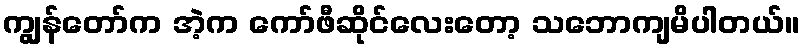
ကျွန်တော်က အဲ့က ကော်ဖီဆိုင်လေးတော့ သဘောကျမိပါတယ်။